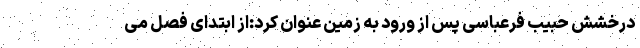
درخشش حبیب فرعباسی پس از ورود به زمین عنوان کرد:‌از ابتدای فصل می